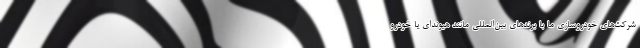
شرکت‌های خودروسازی ما با برندهای بین‌المللی مانند هیوندای یا خودرو